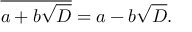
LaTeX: { \overline { { a + b { \sqrt { D } } } } } = a - b { \sqrt { D } } .